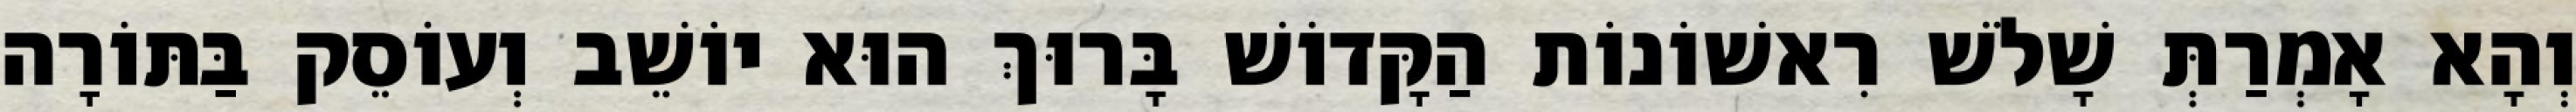
וְהָא אָמְרַתְּ שָׁלֹשׁ רִאשׁוֹנוֹת הַקָּדוֹשׁ בָּרוּךְ הוּא יוֹשֵׁב וְעוֹסֵק בַּתּוֹרָה